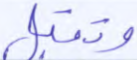
وتقبل